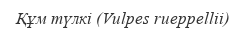
Құм түлкі (Vulpes rueppellii)